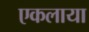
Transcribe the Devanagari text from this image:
एकलाया